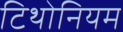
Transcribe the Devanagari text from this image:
टिथोनियम